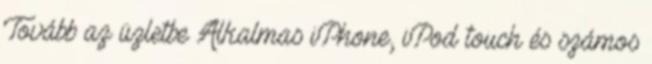
Tovább az üzletbe Alkalmas iPhone, iPod touch és számos